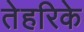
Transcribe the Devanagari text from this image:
तेहरिके